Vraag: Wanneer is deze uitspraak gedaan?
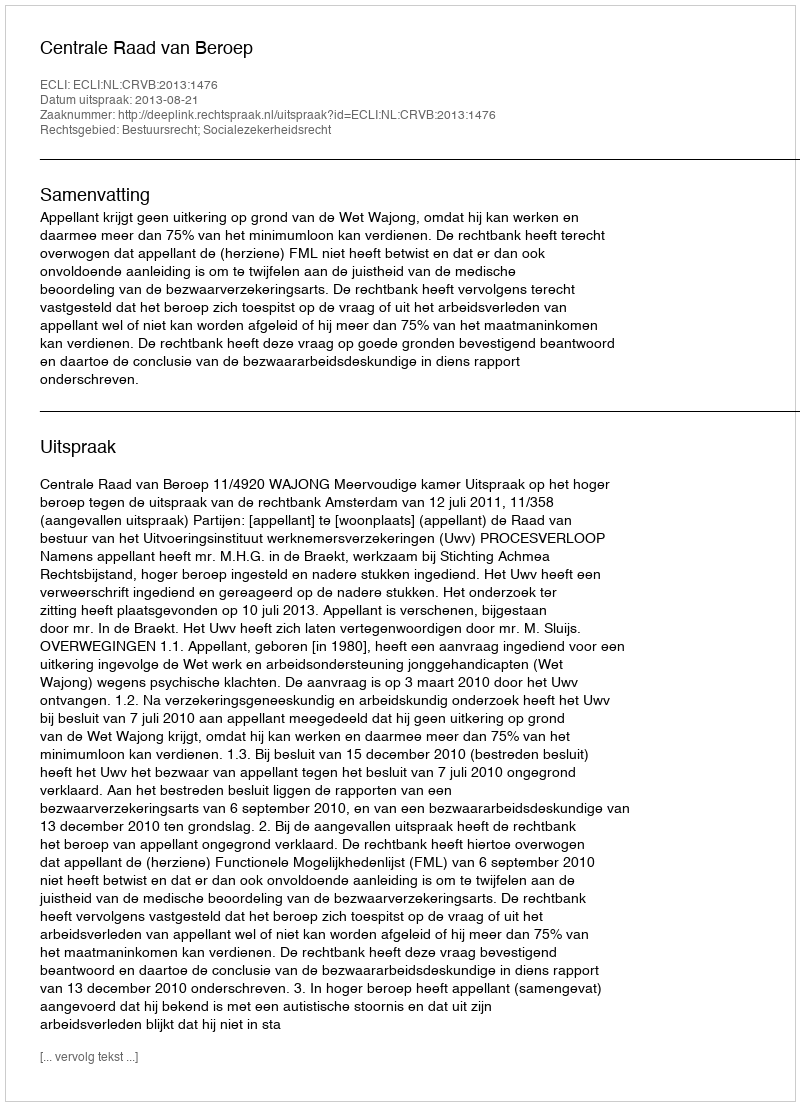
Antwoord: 2013-08-21